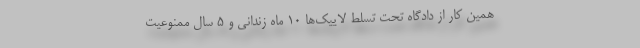
همین کار از دادگاه تحت تسلط لاییک‌ها 10 ماه زندانی و 5 سال ممنوعیت